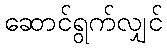
ဆောင်ရွက်လျှင်